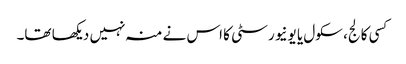
کسی کالج، سکول یا یونیورسٹی کا اس نے منہ نہیں دیکھا تھا۔